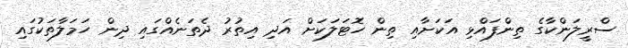
ސްރީލަންކާގެ ތިންފައްޅި އަކަށާއި ތިން ހޮޓަލަކަށް އަދި އިތުރު ދެތަނެއްގައި ދިން ހަމަލާތަކުގައި